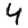
Digit: 4